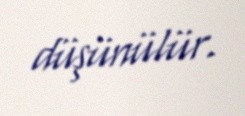
düşünülür.